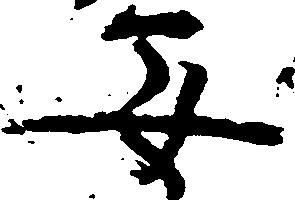
安